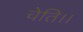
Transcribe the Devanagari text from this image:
चेति।।